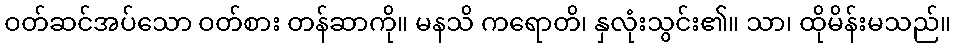
ဝတ်ဆင်အပ်သော ဝတ်စား တန်ဆာကို။ မနသိ ကရောတိ၊ နှလုံးသွင်း၏။ သာ၊ ထိုမိန်းမသည်။